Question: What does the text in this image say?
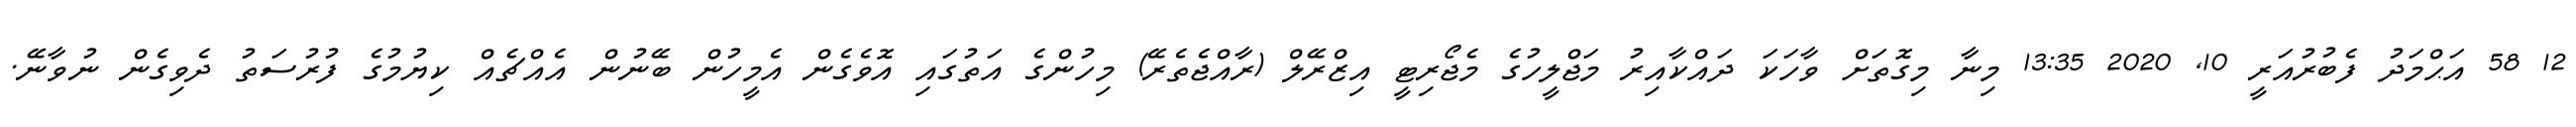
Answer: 12 58 އަޙްމަދު ފެބުރުއަރީ 10, 2020 13:35 މިނާ މިގޮތަށް ވާހަކަ ދައްކާއިރު މަޖްލީހުގެ މެޖޯރިޓީ އިޒްރޭލް (ރާއްޖެތެރޭ) މިހުންގެ އަތުގައި އޮވެގެން އެމީހުން ބޭނުން އެއްޗެއް ކިޔުމުގެ ފުރުސަތު ދެވިގެން ނުވާނޭ.